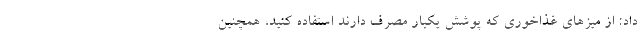
داد: از میزهای غذاخوری که پوشش یکبار مصرف دارند استفاده کنید، همچنین